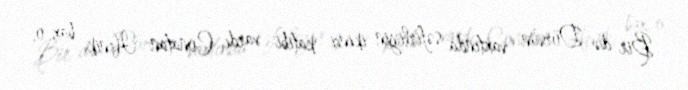
Bir də Dörsün vaxtında səfirliyin ikinci katibi vardı, Conatan Henik, bax, o,